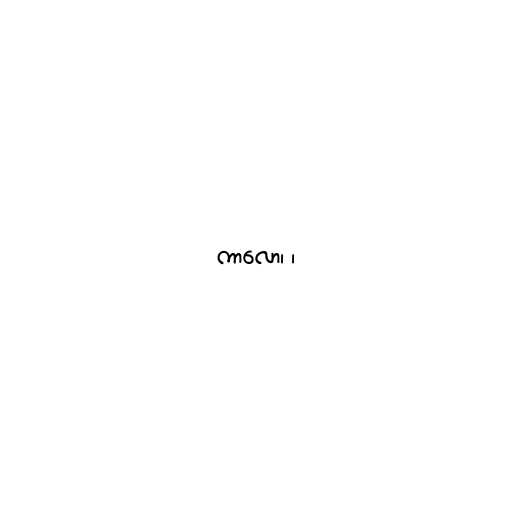
ကာလော၊ ၊